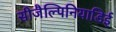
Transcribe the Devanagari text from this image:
सीजैल्पिनियाडिई